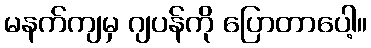
မနက်ကျမှ ဂျပန်ကို ပြောတာပေါ့။